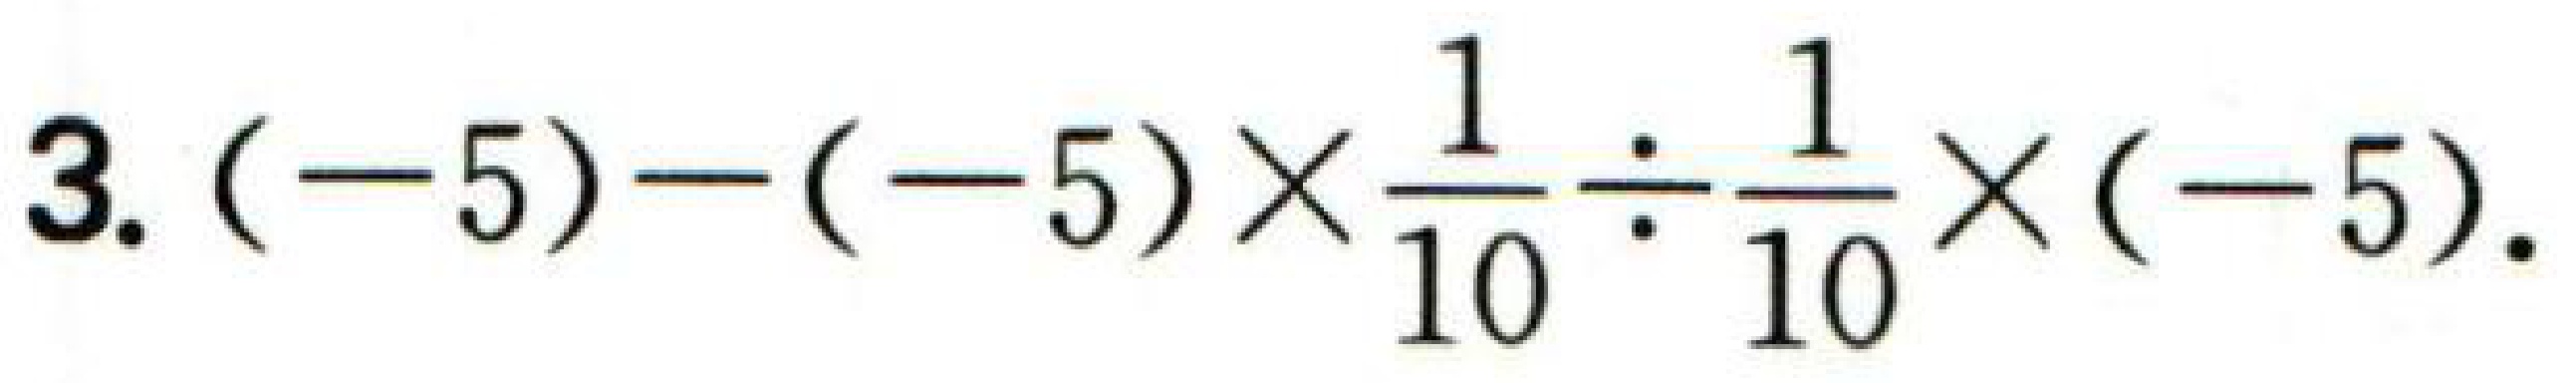
3. \((-5)-(-5)\times\frac{1}{10}\div\frac{1}{10}\times(-5)\).